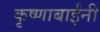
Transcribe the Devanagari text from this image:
कृष्णाबाईंनी